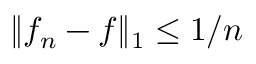
\| f _ { n } - f \| _ { 1 } \leq 1 / n